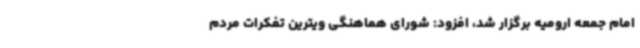
امام جمعه ارومیه برگزار شد، افزود: شورای هماهنگی ویترین تفکرات مردم